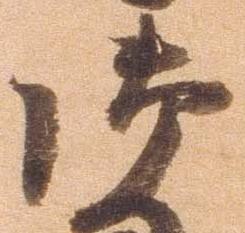
御